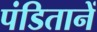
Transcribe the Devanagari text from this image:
पंडितानें